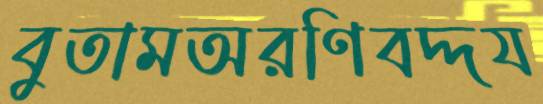
বুতামঅরণিবদ্দয